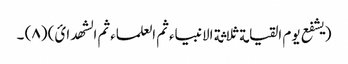
(یشفع یوم القیامة ثلاثة الانبیاء ثم العلماء ثم الشھدائ) (٨) ۔